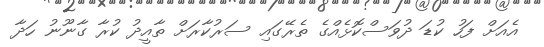
އެއަށް ފަހު ކުޑަ ދުވަސްކޮޅެއްގެ ތެރޭގައި ސަރުކާރަށް ތާއީދު ކުރާ ގާނޫނު ހަދާ